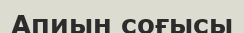
Апиын соғысы